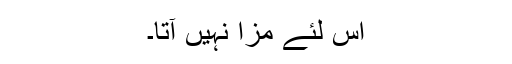
اس لئے مزا نہیں آتا۔